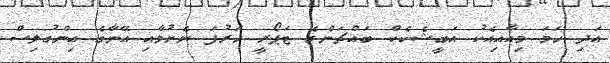
އަދި ހަމަ މިއާއިއެކު އަބީޝެކެކް ބައްޗަންގެ ޓަޕޯރީ ހަރުފަ ނެށުމާއި އޭނާގެ އިންގުލިސް